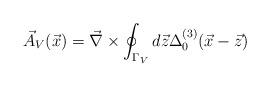
LaTeX: \begin{align*}\vec{A}_V(\vec{x})=\vec{\nabla}\times \oint_{\Gamma_V} d\vec{z}\Delta^{(3)}_0(\vec{x}-\vec{z})\end{align*}